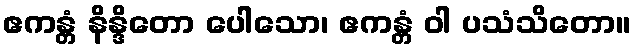
ဧကန္တံ နိန္ဒိတော ပေါသော၊ ဧကန္တံ ဝါ ပသံသိတော။